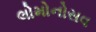
લોમોનોસવ